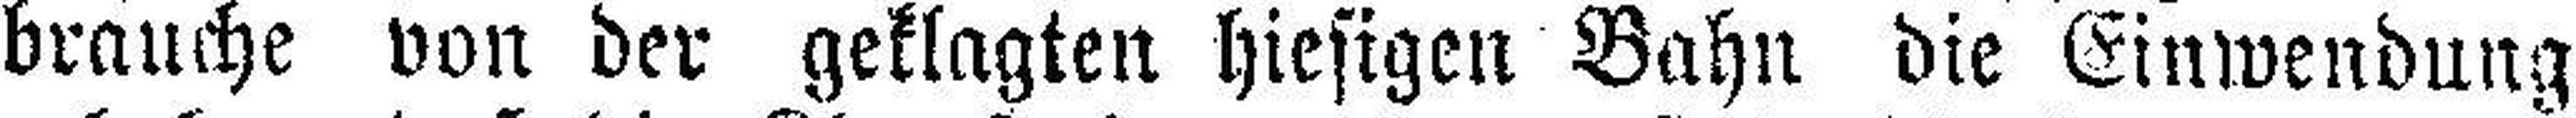
brauche von der geklagten hiesigen Bahn die Einwendung